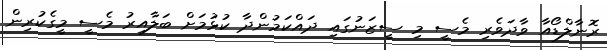
ރޮނާލްޑޯއާ ވާދަވެރި މެސީ މި ސީޒަނުގައި ދައްކަމުންދާ ކުޅުމަށް ބަލާއިރު މެސީ މީގެކުރިން